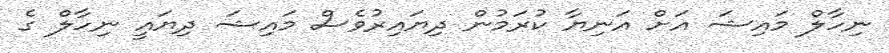
ނިހާލް މައިޝަ އަށް އަނިޔާ ކުރަމުން ދިޔައިރުވެސް މައިޝަ ދިޔައީ ނިހާލް ގެ